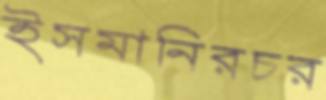
ইসমানিরচর